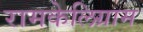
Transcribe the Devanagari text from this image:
रामकेलिग्राम